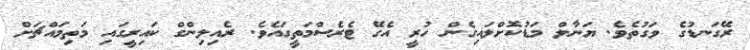
ރޭގަނޑުގެ ވަގުތެވެ. ޔަނާލް މަޑުކޮށްލައިގެން ހުރީ އެގޭ ޓެރެސްމަތީގައެވެ. ރެއިލިންގް ކައިރީގައި މަތިމައްޗަށް